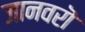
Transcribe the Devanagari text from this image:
जानवरॊ